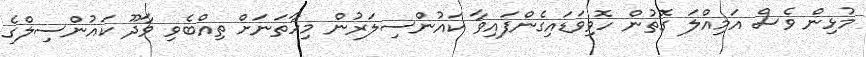
މުޅިން ވެސް އަމިއްލަ ގޮތުން ހޮވިވަޑައިގެންފައިވާ ކައުންސިލަރުން މިހާތަނަށް ތިއްބެވި ވާދޫ ކައުންސިލްގެ